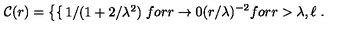
{ \cal C } ( r ) = \left\{ \begin{cases} { 1 / ( 1 + 2 / \lambda ^ { 2 } ) } & { f o r r \rightarrow 0 } \\ { ( r / \lambda ) ^ { - 2 } } & { f o r r > \lambda , \ell } \\ \end{cases} \right. .